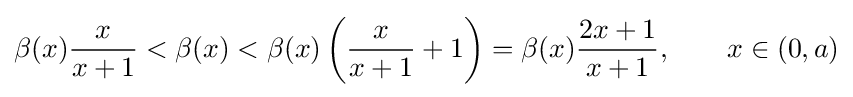
\beta (x){\frac {x}{x+1}}<\beta (x)<\beta (x)\left({\frac {x}{x+1}}+1\right)=\beta (x){\frac {2x+1}{x+1}},\qquad x\in (0,a)